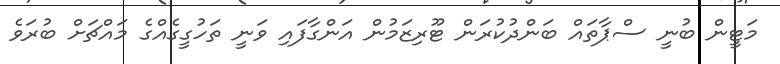
މަޓީން ބުނީ ސްޕާތައް ބަންދުކުރަން ޓޫރިޒަމުން އަންގާފައި ވަނީ ތަހުގީގެއްގެ މައްޗަށް ބުރަވެ